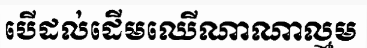
បើដល់ដើមឈើណាណាល្មម